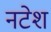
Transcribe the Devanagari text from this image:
नटेश